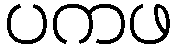
ပကဖ